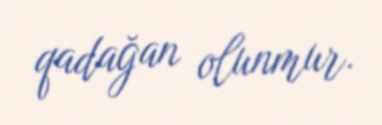
qadağan olunmur.